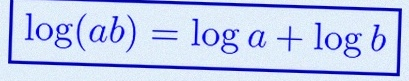
\log(ab)=\log a+\log b